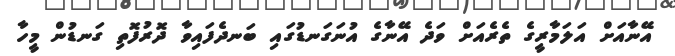
އޭނާއަށް އަލަމާރީގެ ތެރެއަށް ވަދެ އޭނާގެ އުނަގަނޑުގައި ބަނދެފައިވާ ދޮރުފޮތި ގަނޑުން މީހާ